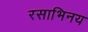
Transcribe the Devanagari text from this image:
रसाभिनय